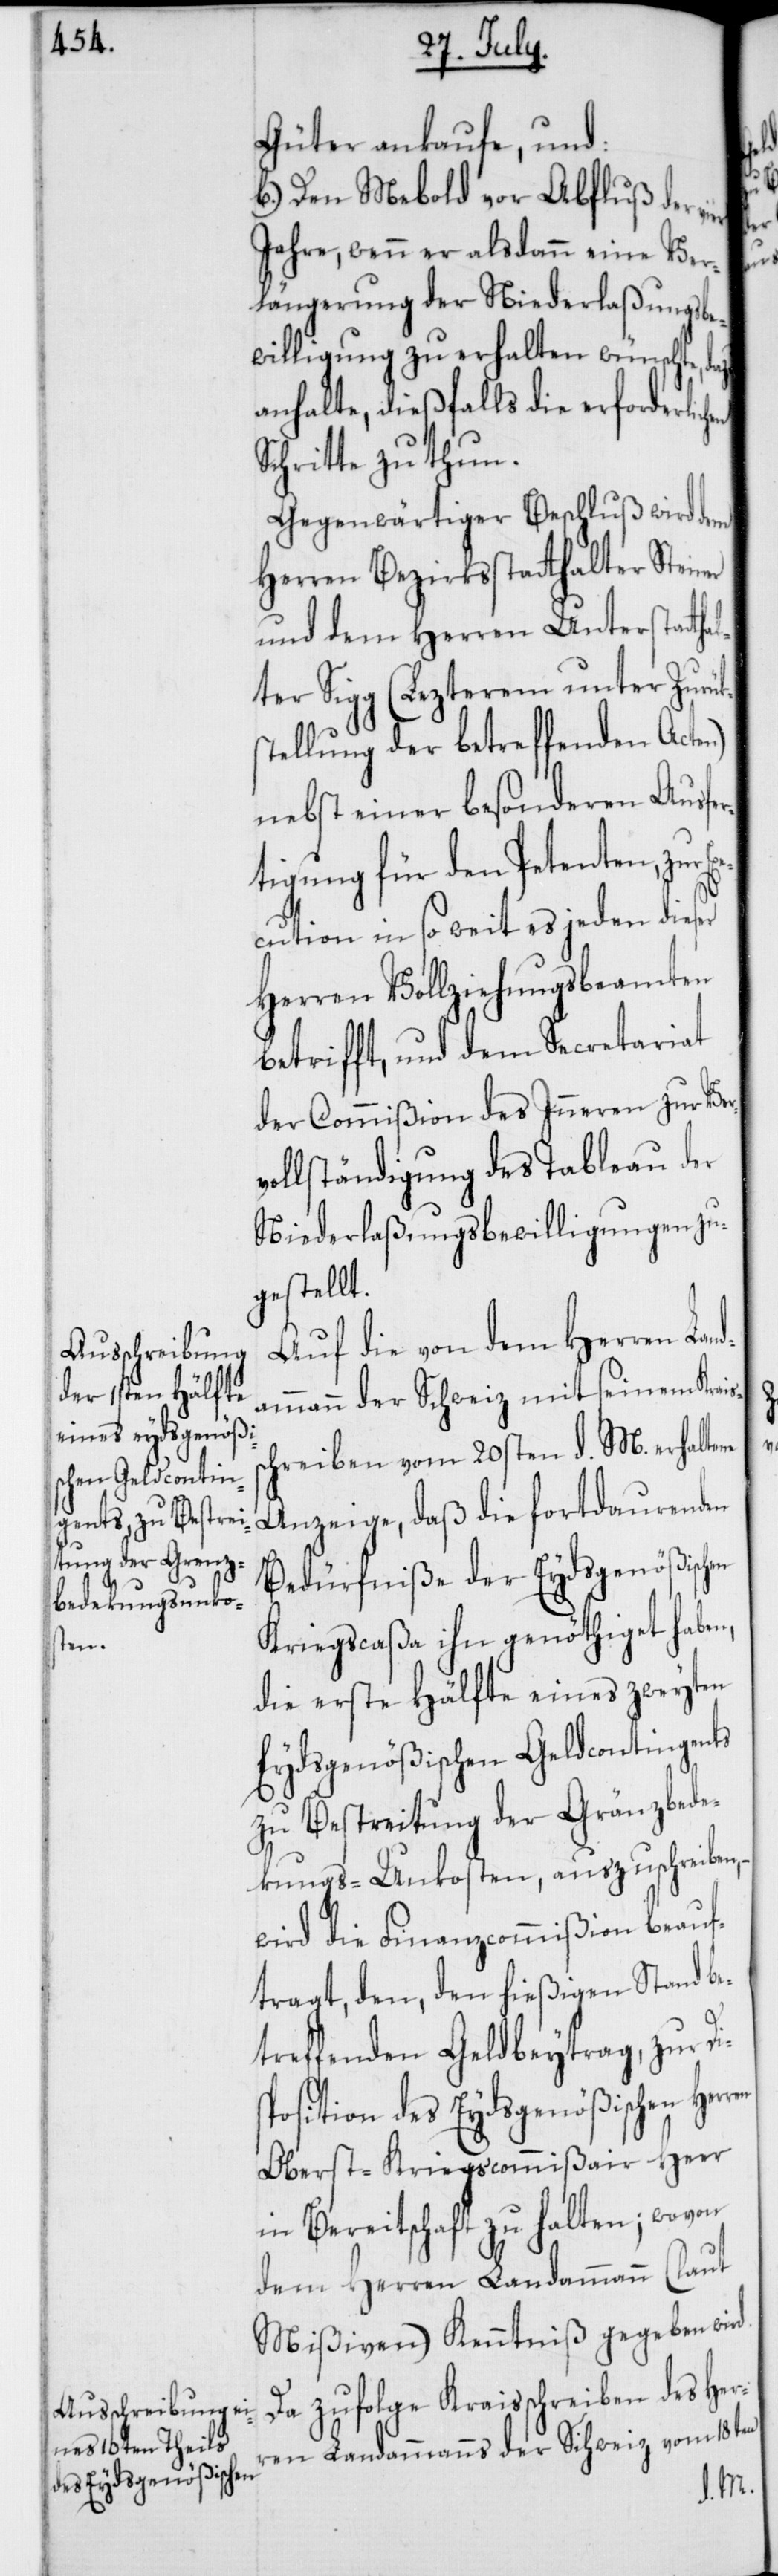
en
des Eydsgenößischen

Güter ankaufe, und:
b.) Den Mebold vor Abfluß der
Jahre, wenn er alsdann eine Ver¬
längerung der Niederlaßungsbe¬
willigung zu erhalten wünschte,
anhalte, dießfalls die erforderlich¬
Schritte zu thun.
Gegenwärtiger Beschluß wird dem
Herren Bezirksstatthalter Steiner
und dem Herren Unterstatth¬
alter Sigg (Lezterem unter Zurük¬
stellung der betreffenden Acten)
nebst einer besonderen Ausfer¬
tigung für den Petenten, zur Ex¬
ecution in so weit es jeden dieser
Herren Vollziehungsbeamten
betrifft, und dem Secretariat
der Commißion des Inneren zur Ver¬
vollständigung des Tableau der
Niederlaßungsbewilligungen zu¬
gestellt.
Auf die von dem Herren Land¬
ammann der Schweiz mit seinem Krais¬
schreiben vom 20sten d. M. erhaltene
Anzeige, daß die fortdauernden
Bedürfniße der Eydsgenößischen
Kriegscaßa ihn genöthiget haben,
die erste Hälfte eines zweyten
Eydsgenößischen Geldcontingents
zu Bestreitung der Gränzbede¬
kungs-Unkosten, auszuschreiben,
wird die Finanzcommißion beauf¬
tragt, den, den hießigen Stand be¬
treffenden Geldbeytrag, zur
Oberst-Kriegscommißair Heer
in Bereitschaft zu halten; wovon
dem Herren Landammann (laut
Mißiven) Kenntniß gegeben wird.
Da zufolge Kraisschreiben des Her¬
ren Landammanns der Schweiz vom 18ten